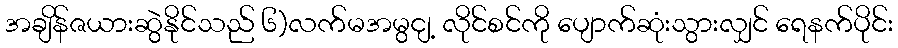
အချိန်ဇယားဆွဲနိုင်သည် ၆)လက်မအမွငျ့ လိုင်စင်ကို ပျောက်ဆုံးသွားလျှင် ရေနက်ပိုင်း